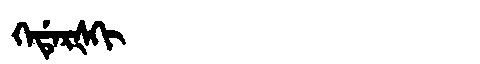
Manchu: ᡴᡝᡩᡝᡵᡧᡴᡳ
Romanization: KEDERŠKI